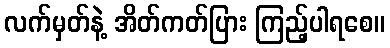
လက်မှတ်နဲ့ အိတ်ကတ်ပြား ကြည့်ပါရစေ။